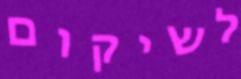
לשיקום